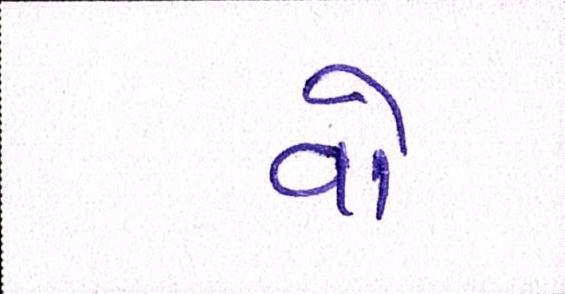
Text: વો